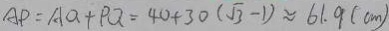
A P = A Q + P Q = 4 0 + 3 0 ( \sqrt { 3 } - 1 ) \approx 6 1 . 9 ( c m )